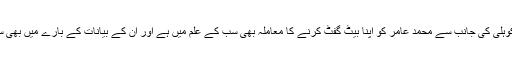
اس سے قبل ویرات کوہلی کی جانب سے محمد عامر کو اپنا بیٹ گفٹ کرنے کا معاملہ بھی سب کے علم میں ہے اور ان کے بیانات کے بارے میں بھی سب کو ہی معلوم ہے۔